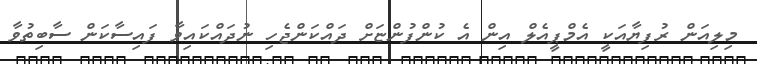
މިލިއަން ރުފިޔާއަކީ އެމްޕީއެލް އިން އެ ކުންފުންޏަށް ދައްކަންޖެހި ނުދައްކައިވާ ފައިސާކަން ސާބިތުވާ